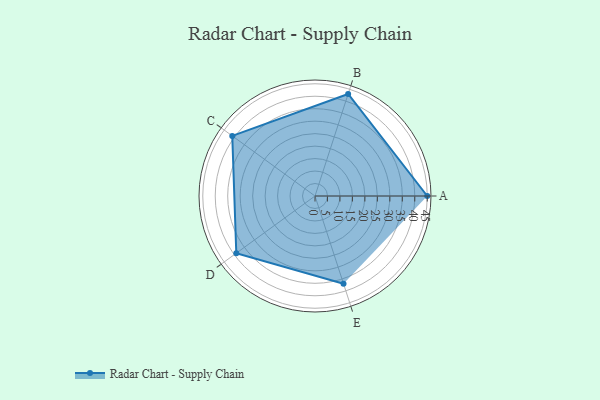
{"axis": {"x": "Skill", "y": "Score"}, "legend": ["Profile"], "data": [{"x": "A", "y": 45.0, "type": "Profile"}, {"x": "B", "y": 43.0, "type": "Profile"}, {"x": "C", "y": 41.0, "type": "Profile"}, {"x": "D", "y": 39.0, "type": "Profile"}, {"x": "E", "y": 37.0, "type": "Profile"}]}